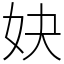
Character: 妜